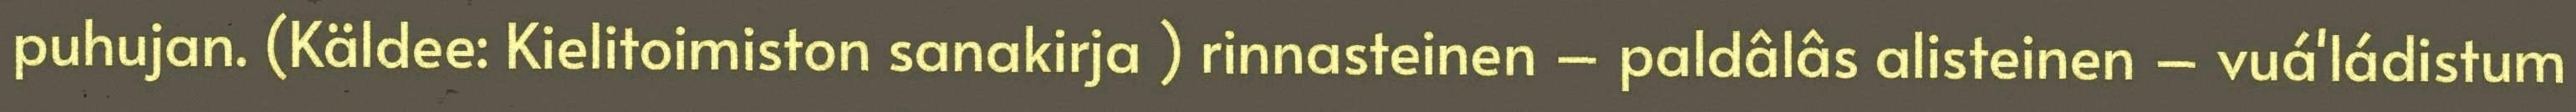
puhujan. (Käldee: Kielitoimiston sanakirja ) rinnasteinen – paldâlâs alisteinen – vuá'ládistum